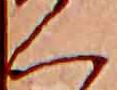
く